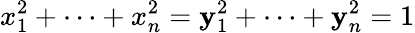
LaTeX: x_{1}^{2}+\dots+x_{n}^{2}=\mathbf{y}_{1}^{2}+\dots+\mathbf{y}_{n}^{2}=1